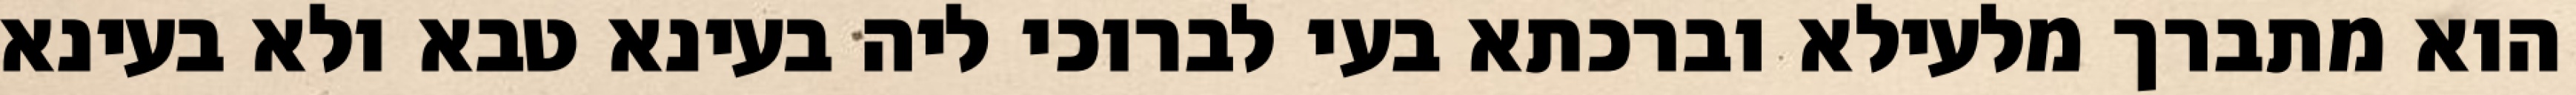
הוא מתברך מלעילא וברכתא בעי לברוכי ליה בעינא טבא ולא בעינא